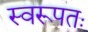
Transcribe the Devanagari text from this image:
स्वरूपतः